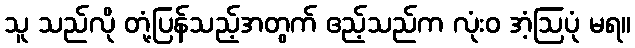
သူ သည်လို တုံ့ပြန်သည့်အတွက် ဧည့်သည်က လုံးဝ အံ့ဩပုံ မရ။